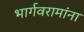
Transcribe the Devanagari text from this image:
भार्गवरामांना